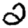
Digit: 2